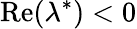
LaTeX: \mathrm{Re}(\lambda^{*})<0